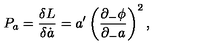
P _ { a } = { \frac { \delta L } { \delta \dot { a } } } = { a ^ { \prime } } \left( { \frac { \partial _ { - } \phi } { \partial _ { - } a } } \right) ^ { 2 } ,